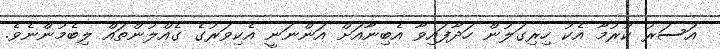
އަސަރު ކުރުމާ އެކު ހިރިގަލުން ހަދާފައިވާ އެބިނާއަށް އަންނަނީ އެކިވަރުގެ ގެއްލުންތައް ލިބެމުންނެވެ.